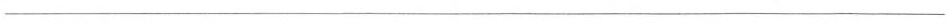
___